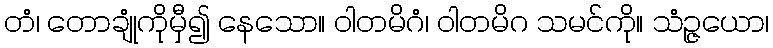
တံ၊ တောချုံကိုမှီ၍ နေသော။ ဝါတမိဂံ၊ ဝါတမိဂ သမင်ကို။ သံဉ္ဇယော၊